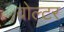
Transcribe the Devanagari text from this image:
वोल्टर